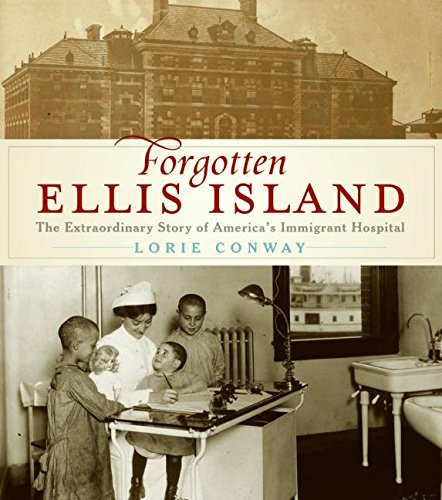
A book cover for Forgotten Ellis Island: The Extraordinary Story of America's Immigrant Hospital; Lorie Conway; History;